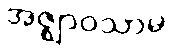
အဇ္ဈာဝသာမ